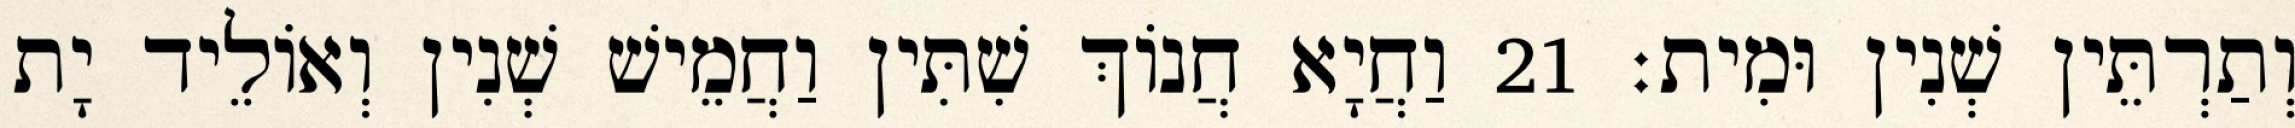
וְתַרְתֵּין שְׁנִין וּמִית׃ 21 וַחֲיָא חֲנוֹךְ שִׁתִּין וַחֲמֵישׁ שְׁנִין וְאוֹלֵיד יָת